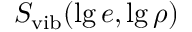
S _ { \mathrm { v i b } } ( \lg e , \lg \rho )